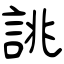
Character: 誂